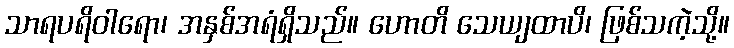
သာရပရိဝါရော၊ အနှစ်အရံရှိသည်။ ဟောတိ သေယျထာပိ၊ ဖြစ်သကဲ့သို့။